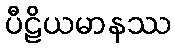
ပီဠိယမာနဿ